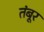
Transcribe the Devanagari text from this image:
तंबूर